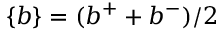
\{ b \} = ( b ^ { + } + b ^ { - } ) / 2